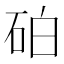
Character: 砶